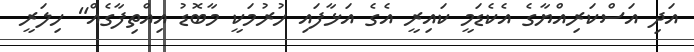
އަދި އަސްކަރިއްޔާގެ އެކެޑަމީ ކައިރީ އެގެ އަޅާފައި ހުރުމަކީ މާބޮޑު އިއްތިފާގެއް" ހިލަރީ